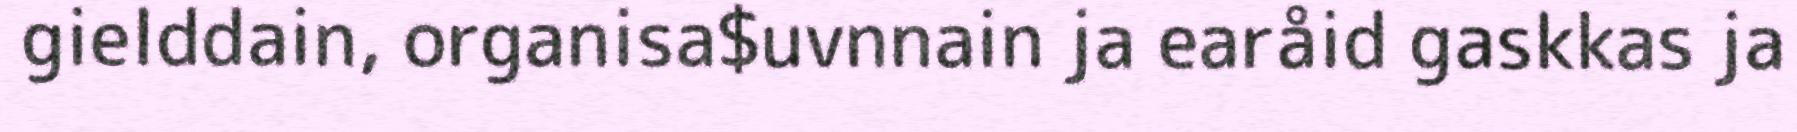
gielddain, organisa$uvnnain ja earåid gaskkas ja